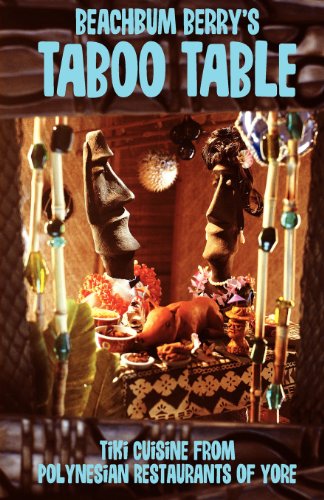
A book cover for Beach Bum Berry's Taboo Table; Jeff Berry; Cookbooks, Food & Wine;